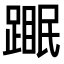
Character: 𬧆